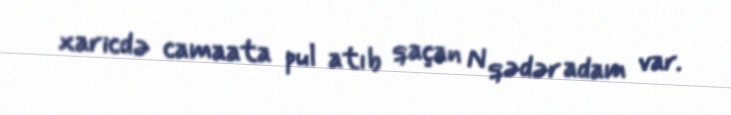
xaricdə camaata pul atıb qaçan N qədər adam var.